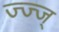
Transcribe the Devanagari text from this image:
ज्ज्ज्